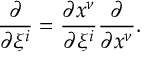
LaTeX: { \frac { \partial } { \partial \xi ^ { i } } } = { \frac { \partial x ^ { \nu } } { \partial \xi ^ { i } } } { \frac { \partial } { \partial x ^ { \nu } } } .